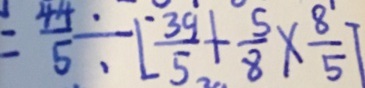
= \frac { 4 4 } { 5 } \div [ \frac { 3 9 } { 5 } + \frac { 5 } { 8 } \times \frac { 8 } { 5 } ]